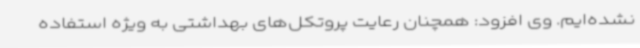
نشده‌ایم. وی افزود: همچنان رعایت پروتکل‌های بهداشتی به ویژه استفاده